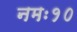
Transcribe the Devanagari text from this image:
नमः१०